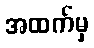
အထက်မှ